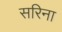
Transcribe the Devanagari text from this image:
सरिना